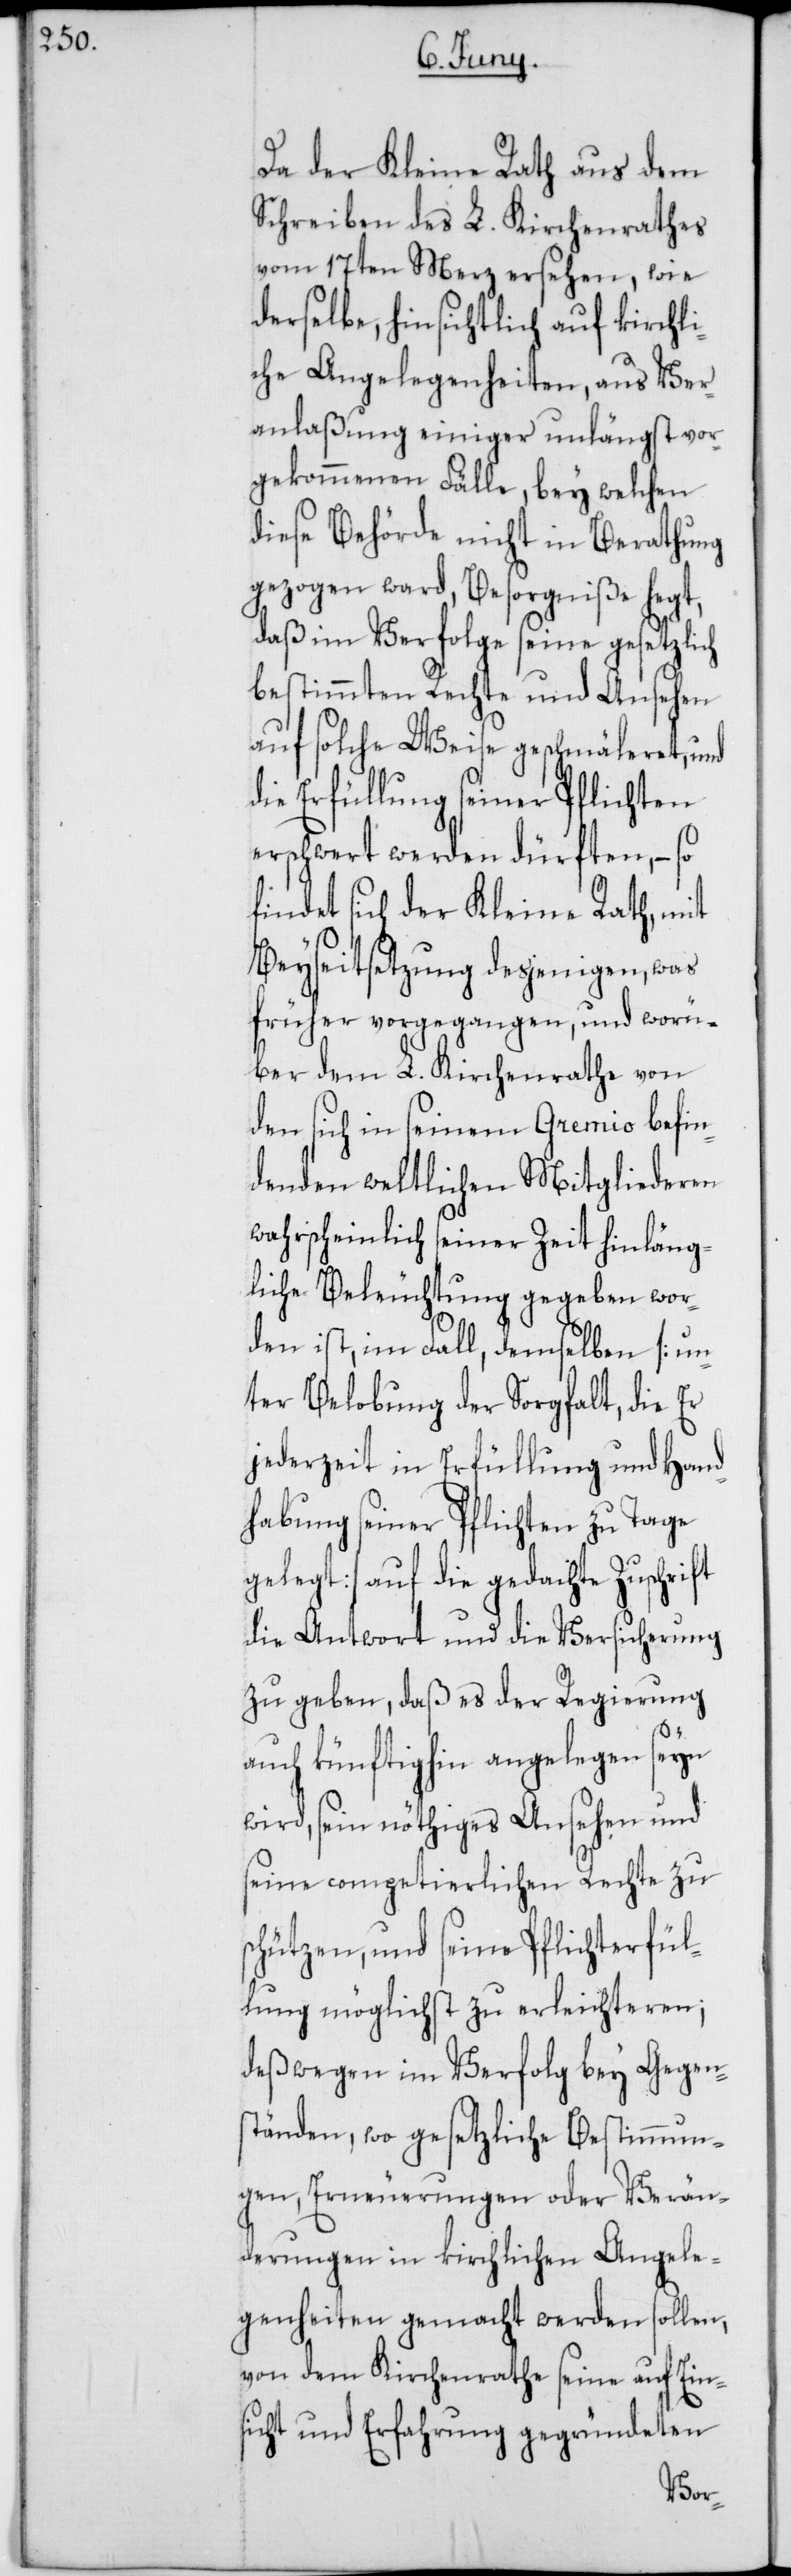
Da der Kleine Rath aus dem
Schreiben des L. Kirchenrathes
vom 17ten Merz ersehen, wie
derselbe, hinsichtlich auf kirchli¬
che Angelegenheiten, aus Ver¬
anlaßung einiger unlängst vor¬
gekommenen Fälle, bey welchen
diese Behörde nicht in Berathung
gezogen ward, Besorgniße hegt,
daß im Verfolge seine gesetzlich
bestimmten Rechte und Ansehen
auf solche Weise geschmäleret, und
die Erfüllung seiner Pflichten
erschwert werden dürften, – so
findet sich der Kleine Rath, mit
Beyseitsetzung desjenigen, was
früher vorgegangen, und worü¬
ber dem L. Kirchenrathe von
den sich in seinem Gremio befin¬
denden weltlichen Mitgliederen
wahrscheinlich seiner Zeit hinläng¬
licher Beleuchtung gegeben wor¬
den ist, im Fall, demselben [un¬
ter Belobung der Sorgfalt, die er
jederzeit in Erfüllung und Hand¬
habung seiner Pflichten zu Tage
gelegt] auf die gedachte Zuschrift
die Antwort und die Versicherung
zu geben, daß es der Regierung
auch künftighin angelegen seyn
wird, sein nöthiges Ansehen und
seine competierlichen Rechte zu
schützen, und seine Pflichterfül¬
lung möglichst zu erleichteren;
deßwegen im Verfolg bey Gegens¬
tänden, wo gesetzliche Bestimmun¬
gen, Erneuerungen oder Verän¬
derungen in kirchlichen Angele¬
genheiten gemacht werden sollen,
von dem Kirchenrathe seine auf Ein¬
sicht und Erfahrung gegründeten